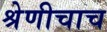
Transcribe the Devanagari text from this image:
श्रेणीचाच